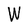
Character: W